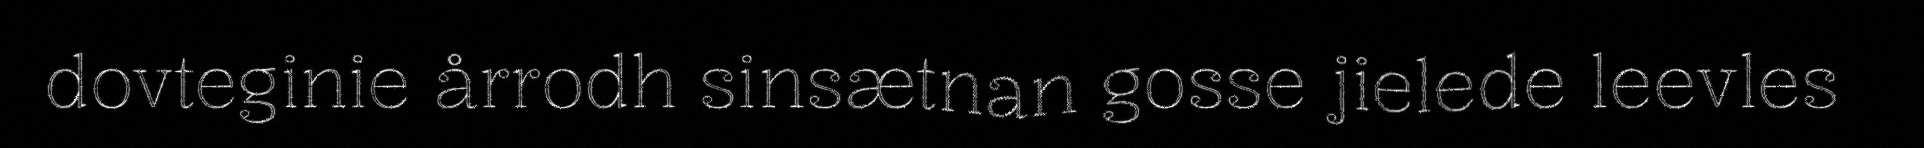
dovteginie årrodh sinsætnan gosse jielede leevles